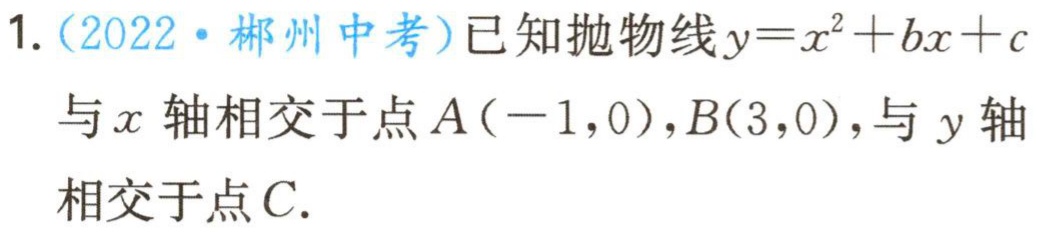
1.（2022·郴州中考）已知抛物线\(y = x^{2}+bx + c\)与\(x\)轴相交于点\(A(-1,0)\)，\(B(3,0)\)，与\(y\)轴相交于点\(C\).